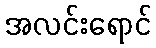
အလင်းရောင်